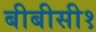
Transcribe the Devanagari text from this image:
बीबीसी१